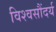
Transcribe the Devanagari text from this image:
विश्वसौंदर्य